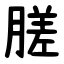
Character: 䐤